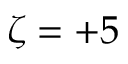
\zeta = + 5